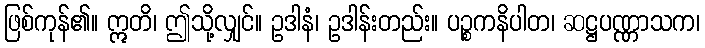
ဖြစ်ကုန်၏။ ဣတိ၊ ဤသို့လျှင်။ ဥဒါနံ၊ ဥဒါန်းတည်း။ ပဉ္စကနိပါတ၊ ဆဋ္ဌပဏ္ဏာသက၊